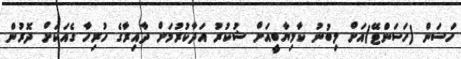
ހަސަން (ހަސަންޓޭ)އަށް ލިބުނު ކާމިޔާބީއަށް ޝުކުރު އަދާކުރުމަށް ދާއިރާގެ ހުރިހާ ގެއަކަށް ދޮރުން